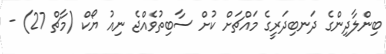
ބިންލާދިންގެ ދަނބިދަރީގެ މައްޗަށް ކުށް ސާބިތުވެއްޖެ ނިއު ޔޯކް (މާޗް 27) -